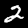
Label: 2